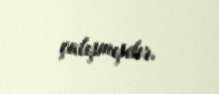
çalışmışdır.